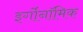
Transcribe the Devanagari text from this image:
इर्गोनॉमिक